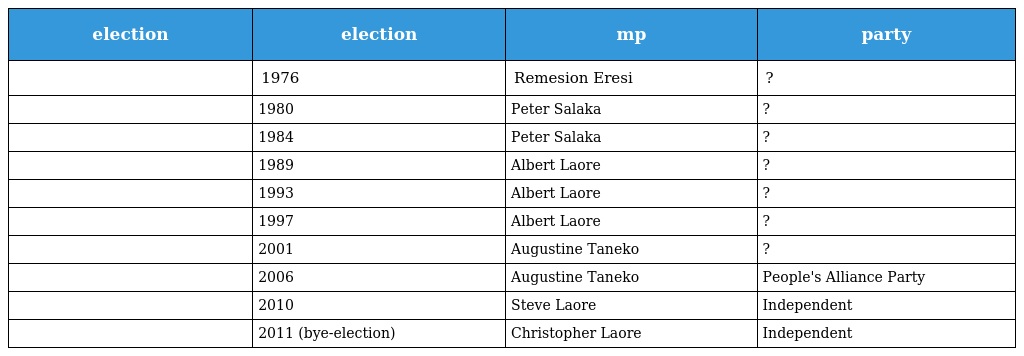
| election | election | mp | party |
 | --- | --- | --- | --- |
 |  | 1976 | Remesion Eresi | ? |
 |  | 1980 | Peter Salaka | ? |
 |  | 1984 | Peter Salaka | ? |
 |  | 1989 | Albert Laore | ? |
 |  | 1993 | Albert Laore | ? |
 |  | 1997 | Albert Laore | ? |
 |  | 2001 | Augustine Taneko | ? |
 |  | 2006 | Augustine Taneko | People's Alliance Party |
 |  | 2010 | Steve Laore | Independent |
 |  | 2011 (bye-election) | Christopher Laore | Independent |